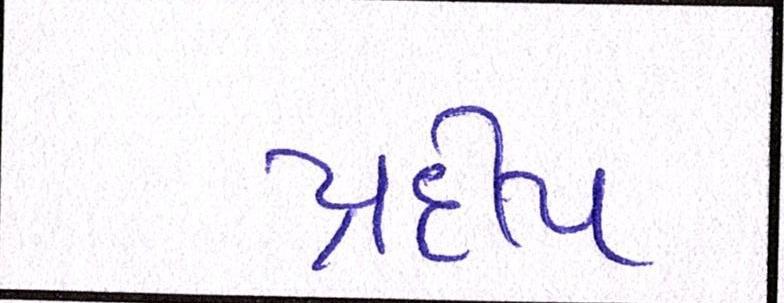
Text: પ્રદીપ